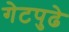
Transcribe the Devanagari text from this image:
गेटपुढे